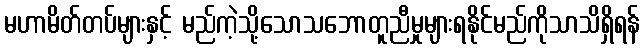
မဟာမိတ်တပ်များနှင့် မည်ကဲ့သို့သောသဘောတူညီမှုများရနိုင်မည်ကိုသာသိရှိရန်